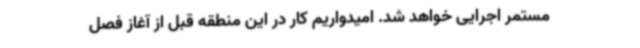
مستمر اجرایی خواهد شد. امیدواریم کار در این منطقه قبل از آغاز فصل